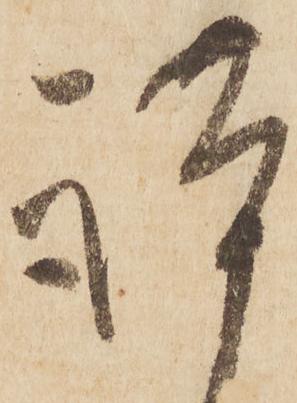
謹